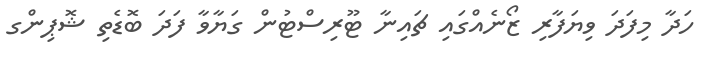
ހަދާ މިފަދަ ވިޔަފާރި ޒޯނެއްގައި ޗައިނާ ޓޫރިސްޓުން ގަޔާވާ ފަދަ ބޮޑެތި ޝޮޕިންގ